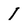
Character: 1